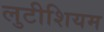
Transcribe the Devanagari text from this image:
लुटीशियम